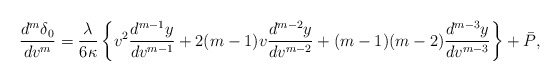
\begin{align*} \frac{d^m\delta_0}{dv^m}=\frac{\lambda}{6\kappa}\left\{v^2\frac{d^{m-1}y}{dv^{m-1}}+2(m-1)v\frac{d^{m-2}y}{dv^{m-2}}+(m-1)(m-2)\frac{d^{m-3}y}{dv^{m-3}}\right\}+\bar{P},\end{align*}